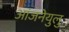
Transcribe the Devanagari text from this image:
आंजनेयुलु